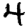
Digit: 4